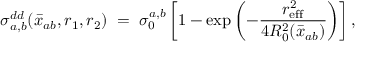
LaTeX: \sigma _ { a , b } ^ { d d } ( \bar { x } _ { a b } , r _ { 1 } , r _ { 2 } ) \; = \; \sigma _ { 0 } ^ { a , b } \left[ 1 - \exp \left( - { \frac { r _ { \mathrm { \small e f f } } ^ { 2 } } { 4 R _ { 0 } ^ { 2 } ( \bar { x } _ { a b } ) } } \right) \right] ,